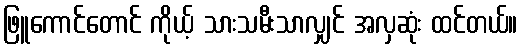
ဖြူကောင်တောင် ကိုယ့် သားသမီးသာလျှင် အလှဆုံး ထင်တယ်။